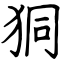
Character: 狪